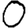
Digit: 0